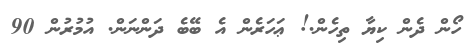
ހޯން ދެން ކިޔާ ތިހެން.! ޢަހަރެން އެ ބޭބެ ދަންނަން. އުމުރުން 90